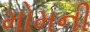
મોમની